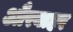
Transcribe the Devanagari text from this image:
औरबाहर